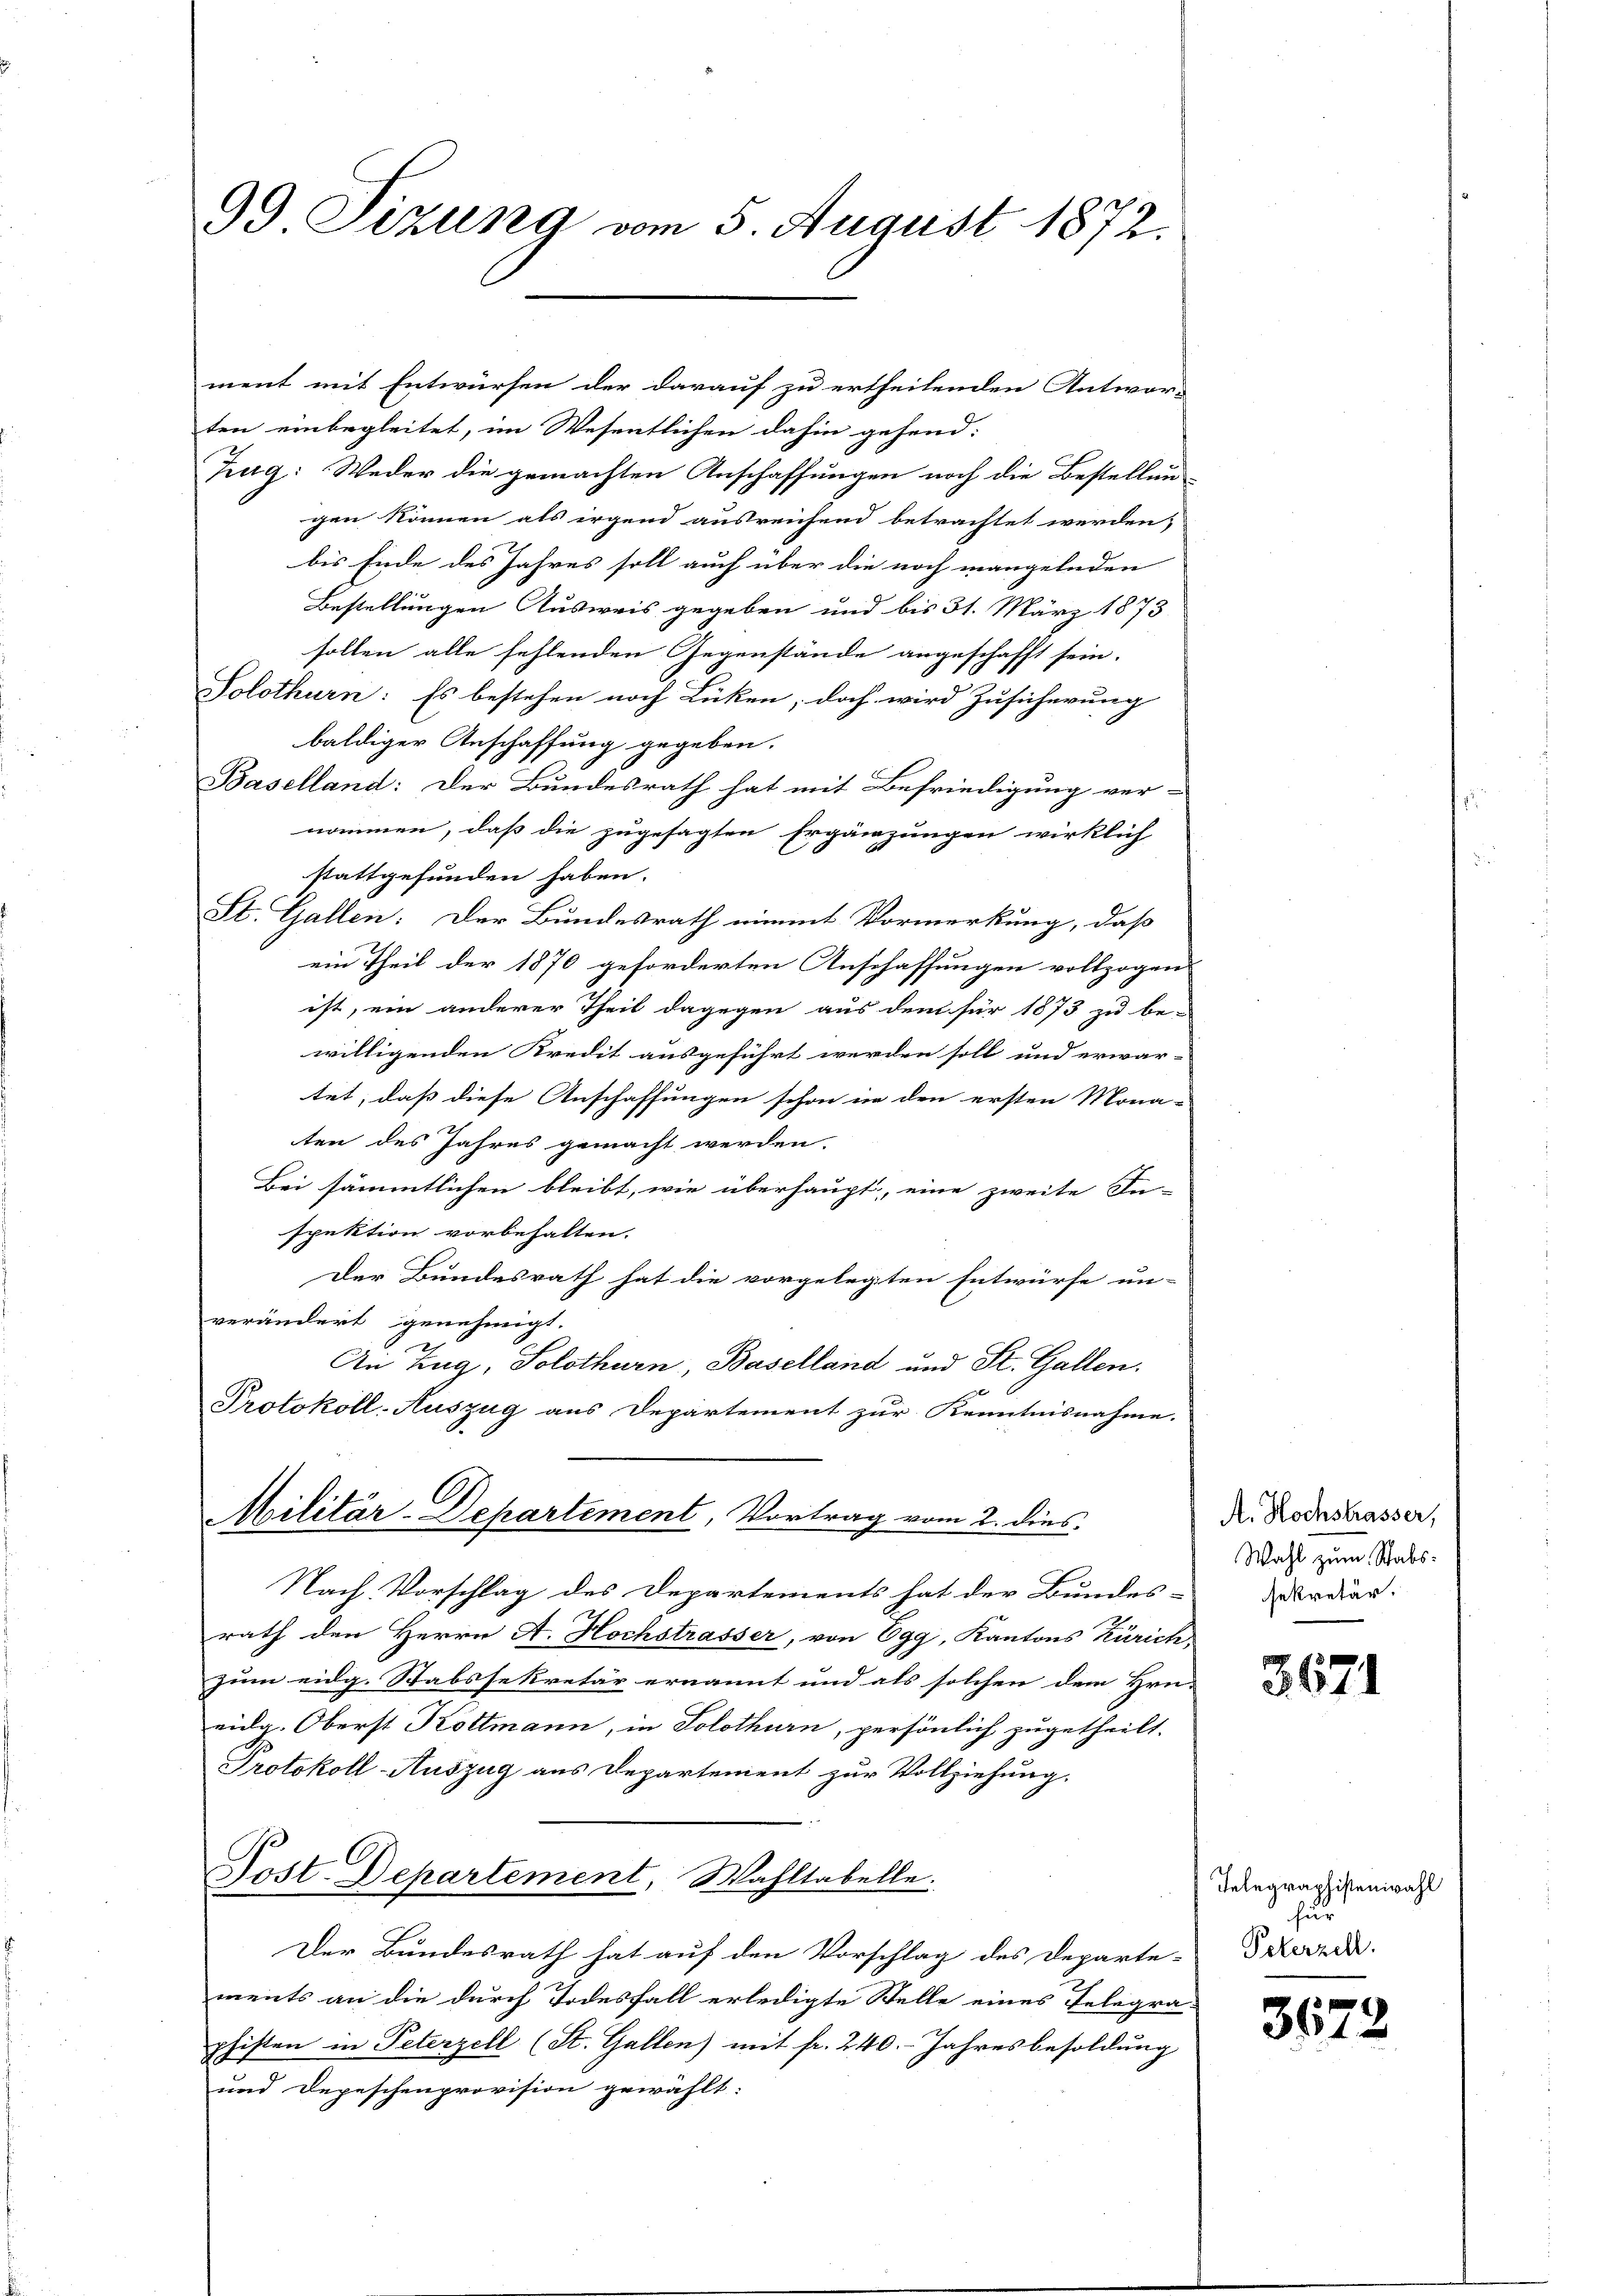
99 Sezung vom 5. August 1872.

ment mit Entwürfen der darauf zu ertheilenden Antwor-
ten einbegleitet, im Wesentlichen dahin gehend:
Zug: Weder die gemachten Anschaffungen noch die Bestellun
gen können als irgend ausreichend betrachtet werden,
bis Ende des Jahres soll auch über die noch mangelnden
Bestellungen Ausweis gegeben und bis 31. März 1873
sollen alle fehlenden Gegenstände angeschafft sein.
Solothurn: Es bestehen noch Lücken; doch wird Zusicherung
baldiger Anschaffung gegeben.
Baselland: Der Bundesrath hat mit Befriedigung ver-
nommen, daß die zugesagten Ergänzungen wirklich
stattgefunden haben.
St. Gallen: Der Bundesrath nimmt Vormerkung, daß
ein Theil der 1870 geforderten Anschaffungen vollzogen
ist, ein anderer Theil dagegen aus dem für 1873 zu be-
willigenden Kredit ausgeführt werden soll und erwar-
tet, daß diese Anschaffungen schon in den ersten Mona-
ten des Jahres gemacht werden.
Bei sämmtlichen bleibt, wie überhaupt, eine zweite In-
spektion vorbehalten.
Der Bundesrath hat die vorgelegten Entwürfe un-
verändert genehmigt.
An Zug, Solothurn, Baselland und St. Gallen.
Protokoll-Auszug aus Departement zur Kenntnisnahme.
Militär-Departement, Vortrag vom 2. dies
Nach Vorschlag des Departements hat der Bundes-
1
rath den Herrn A. Hochstrasser, von Egg, Kantons Zürich
zum eidg. Stabssekretär ernannt und als solchen dem Hrn.
vulg. Oberst Kottmann, in Solothurn, persönlich zugetheilt.
Protokoll-Auszug aus Departement zur Vollziehung.
Post. Departement, Wahltabelle.
E.
Der Bundesrath hat auf den Vorschlag des Departe-
ments an die durch Todesfall erledigte Stelle eines Telegraphisten in Peterzell (St. Gallen) mit fr. 240. Jahresbesoldung
und Depeschenprovision gewählt:

A. Hochstrasser,
Wahl zum Stabssekretär.

3671

Telegraphistenwahl
für
Peterzell.

3672